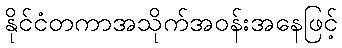
နိုင်ငံတကာအသိုက်အဝန်းအနေဖြင့်